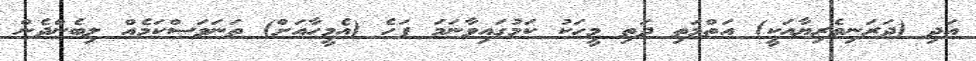
އަދި (ދަރަނިވެރިޔާއަކީ) އަތްމަތި ދަތި މީހަކު ކަމުގައިވާނަމަ ފަހެ (އެމީހާއަށް) ތަނަވަސްކަމެއް ލިބެންދެން